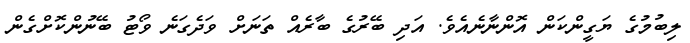
ލިބުމުގެ ޔަގީންކަން އޮންނާނެއެވެ. އަދި ބޭރުގެ ބާރެއް ތަނަށް ވަދެގަނެ ވޯޓު ބޭނުންކޮށްގެން